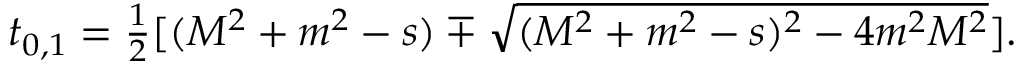
\begin{array} { c c c } { { t _ { 0 , 1 } = \frac { 1 } { 2 } [ ( M ^ { 2 } + m ^ { 2 } - s ) \mp \sqrt { ( M ^ { 2 } + m ^ { 2 } - s ) ^ { 2 } - 4 m ^ { 2 } M ^ { 2 } } ] . } } \end{array}